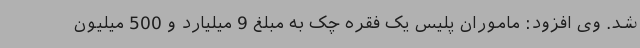
شد. وی افزود: ماموران پلیس یک فقره چک به مبلغ 9 میلیارد و 500 میلیون